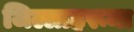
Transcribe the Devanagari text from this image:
जिल्लाहरूमा